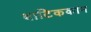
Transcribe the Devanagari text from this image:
बाटिककाम